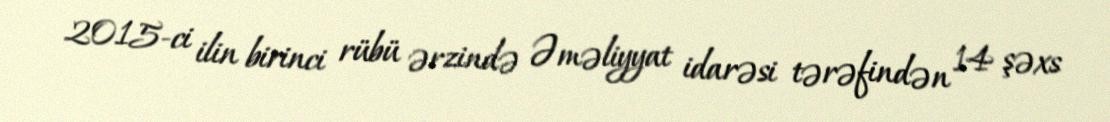
2015-ci ilin birinci rübü ərzində Əməliyyat idarəsi tərəfindən 14 şəxs